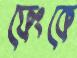
ফেংকে